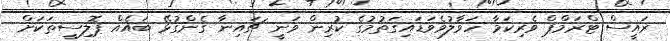
ރައީސް ޓްރަމްޕް ވެރިކަމާ ހަވާލުވެވަޑައިގަތުމުގެ ކުރިން ވަނީ ޗައިނާ ގެންގުޅޭ ބައެއް ޕޮލިސީތަކަށް